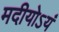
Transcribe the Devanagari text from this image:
मदीयोऽयं